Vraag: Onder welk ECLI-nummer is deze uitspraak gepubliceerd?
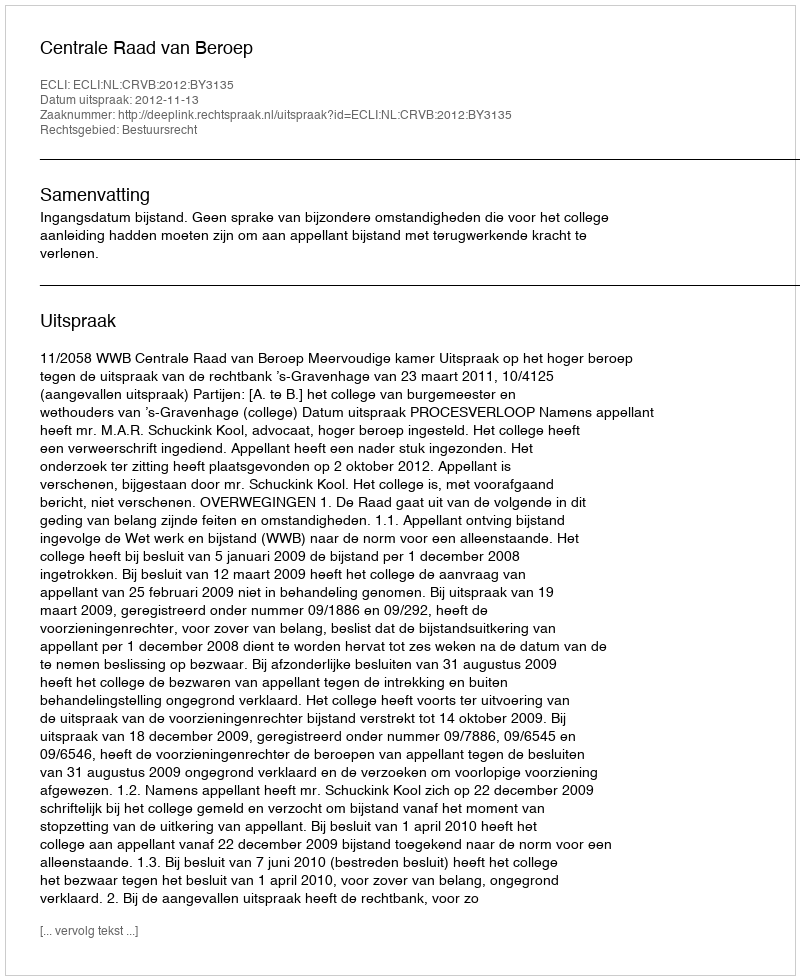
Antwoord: ECLI:NL:CRVB:2012:BY3135